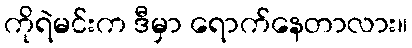
ကိုရဲမင်းက ဒီမှာ ရောက်နေတာလား။